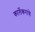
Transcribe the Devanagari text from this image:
कार्लेकरांचे